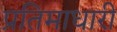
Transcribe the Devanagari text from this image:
प्रतिमाधारी